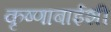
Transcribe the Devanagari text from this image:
कृष्णाबाईशी